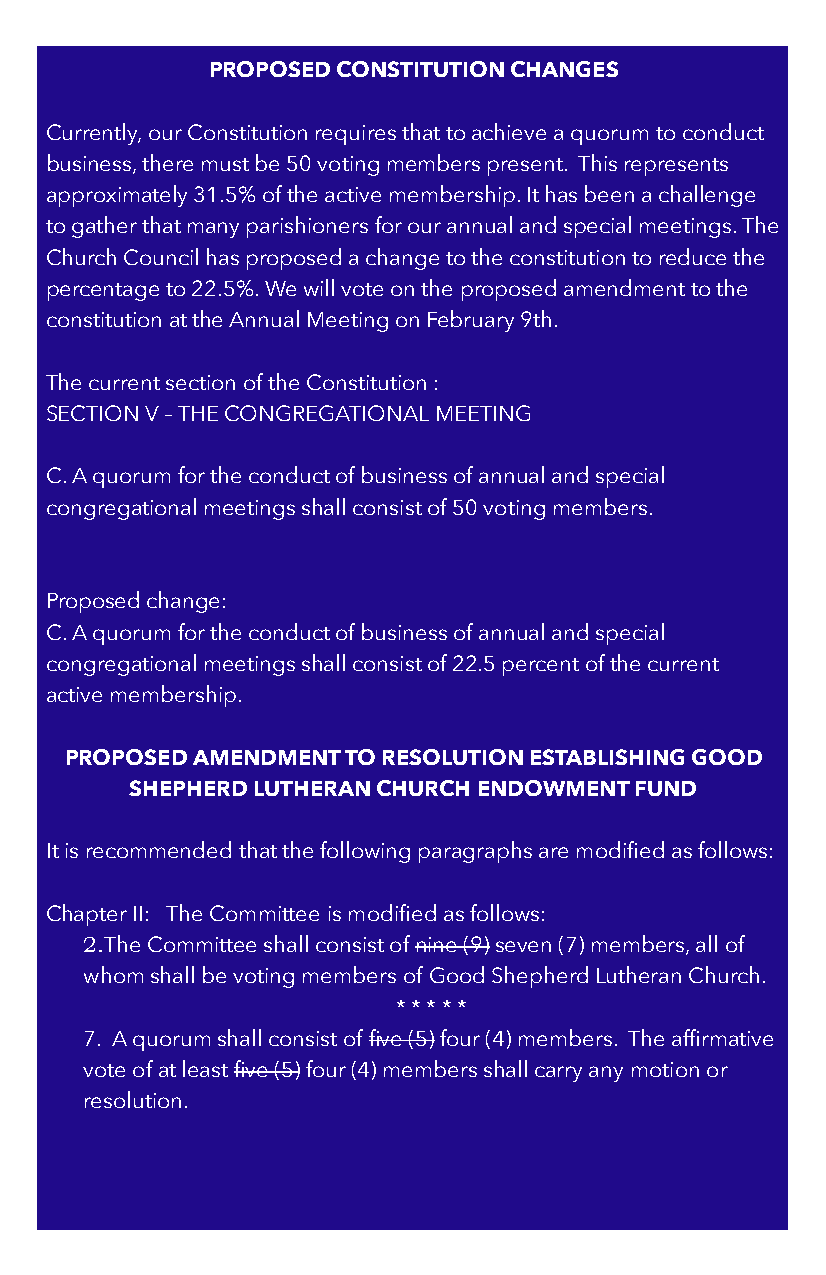
PROPOSED CONSTITUTION CHANGES
 Currently, our Constitution requires that to achieve a quorum to conduct
 business, there must be 50 voting members present. This represents
 approximately 31.5% of the active membership. It has been a challenge
 to gather that many parishioners for our annual and special meetings. The
 Church Council has proposed a change to the constitution to reduce the
 percentage to 22.5%. We will vote on the proposed amendment to the
 constitution at the Annual Meeting on February 9th.
 The current section of the Constitution :
 SECTION V – THE CONGREGATIONAL MEETING
 C. A quorum for the conduct of business of annual and special
 congregational meetings shall consist of 50 voting members.
 Proposed change:
 C. A quorum for the conduct of business of annual and special
 congregational meetings shall consist of 22.5 percent of the current
 active membership.
 PROPOSED AMENDMENT TO RESOLUTION ESTABLISHING GOOD
 SHEPHERD LUTHERAN CHURCH ENDOWMENT FUND
 It is recommended that the following paragraphs are modified as follows:
 Chapter II: The Committee is modified as follows:
 2.The Committee shall consist of nine (9) seven (7) members, all of
 whom shall be voting members of Good Shepherd Lutheran Church.
 * * * * *
 7. A quorum shall consist of five (5) four (4) members. The affirmative
 vote of at least five (5) four (4) members shall carry any motion or
 resolution.
 12